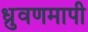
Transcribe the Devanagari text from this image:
ध्रुवणमापी